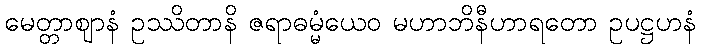
မေတ္တာဈာနံ ဥဿိတာနိ ဇရာဓမ္မံယေဝ မဟာဘိနီဟာရတော ဥပဋ္ဌဟနံ